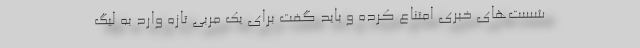
شست‌های خبری امتناع کرده و باید گفت برای یک مربی تازه وارد به لیگ